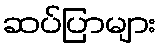
ဆပ်ပြာများ